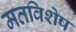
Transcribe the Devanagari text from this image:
मतविशेष